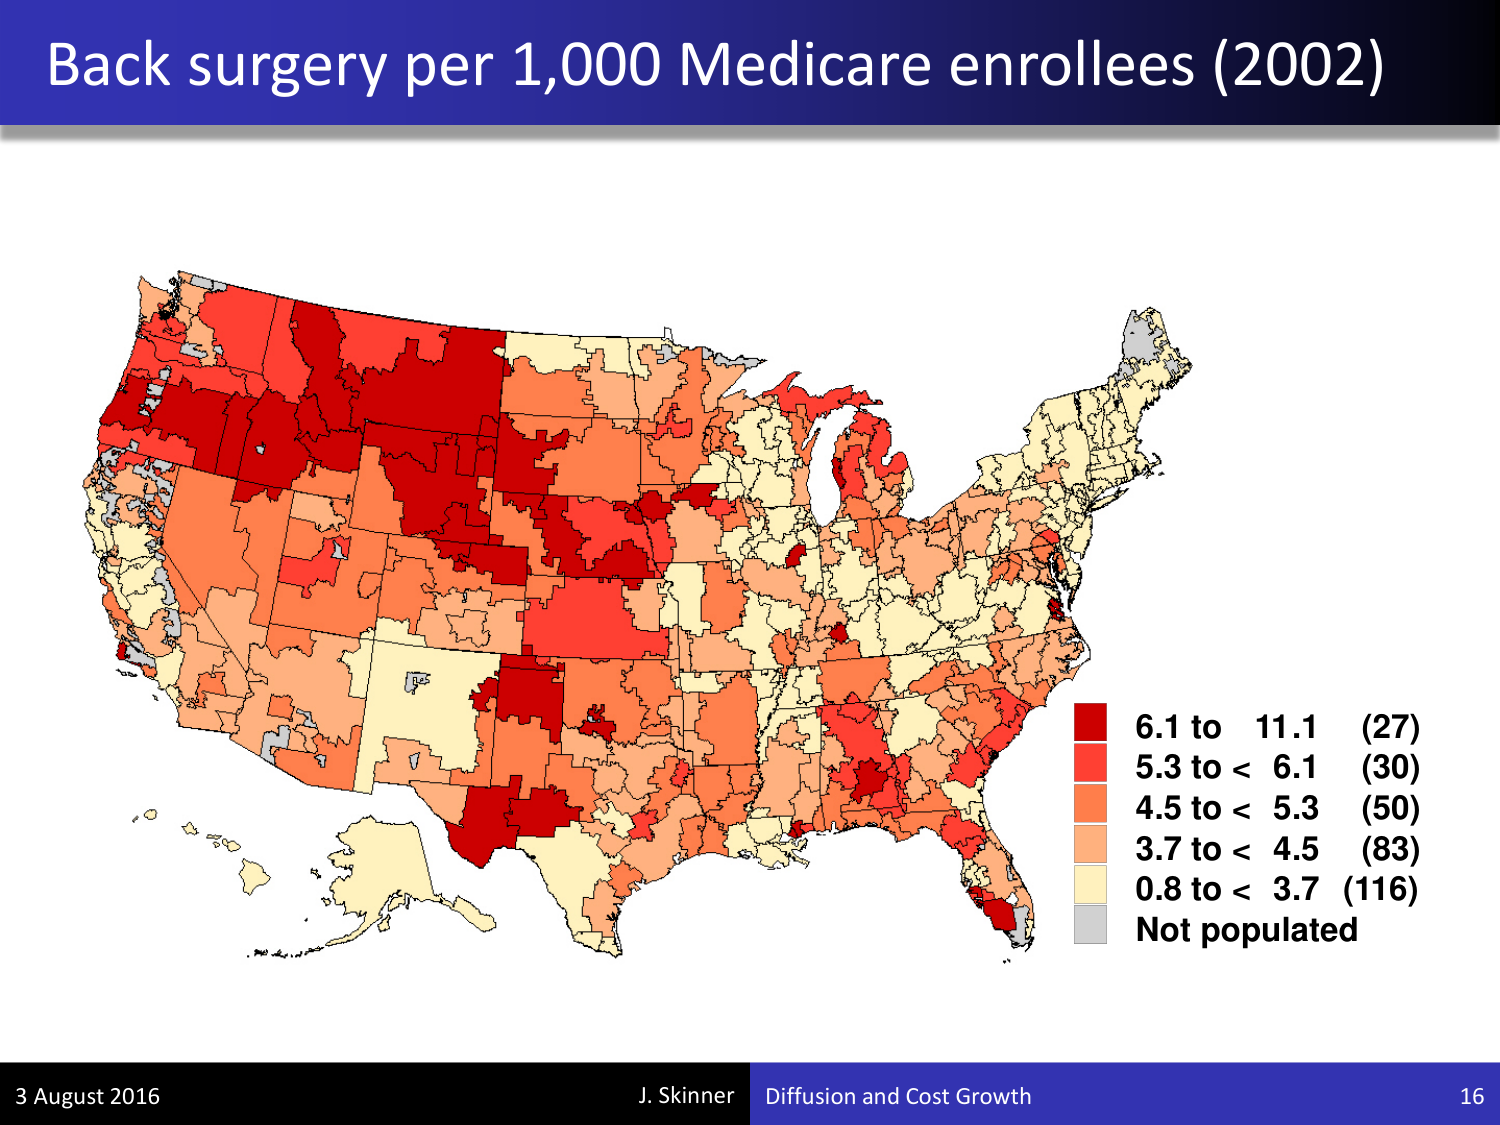
Back surgery per 1,000 Medicare enrollees (2002)

6.1 to 11.1 (27)
5.3 to < 6.1 (30)
4.5 to < 5.3 (50)
3.7 to < 4.5 (83)
0.8 to < 3.7 (116)
Not populated

3 August 2016
J. Skinner Diffusion and Cost Growth
16